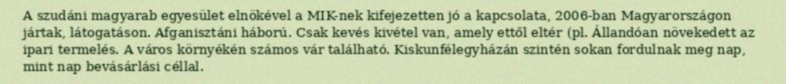
A szudáni magyarab egyesület elnökével a MIK-nek kifejezetten jó a kapcsolata, 2006-ban Magyarországon jártak, látogatáson. Afganisztáni háború. Csak kevés kivétel van, amely ettől eltér (pl. Állandóan növekedett az ipari termelés. A város környékén számos vár található. Kiskunfélegyházán szintén sokan fordulnak meg nap, mint nap bevásárlási céllal.